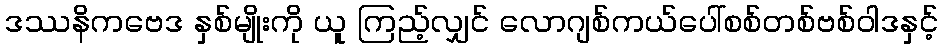
ဒဿနိကဗေဒ နှစ်မျိုးကို ယူ ကြည့်လျှင် လောဂျစ်ကယ်ပေါ်စစ်တစ်ဗစ်ဝါဒနှင့်